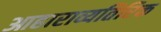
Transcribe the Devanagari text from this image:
आहाराव्यतिरिक्त